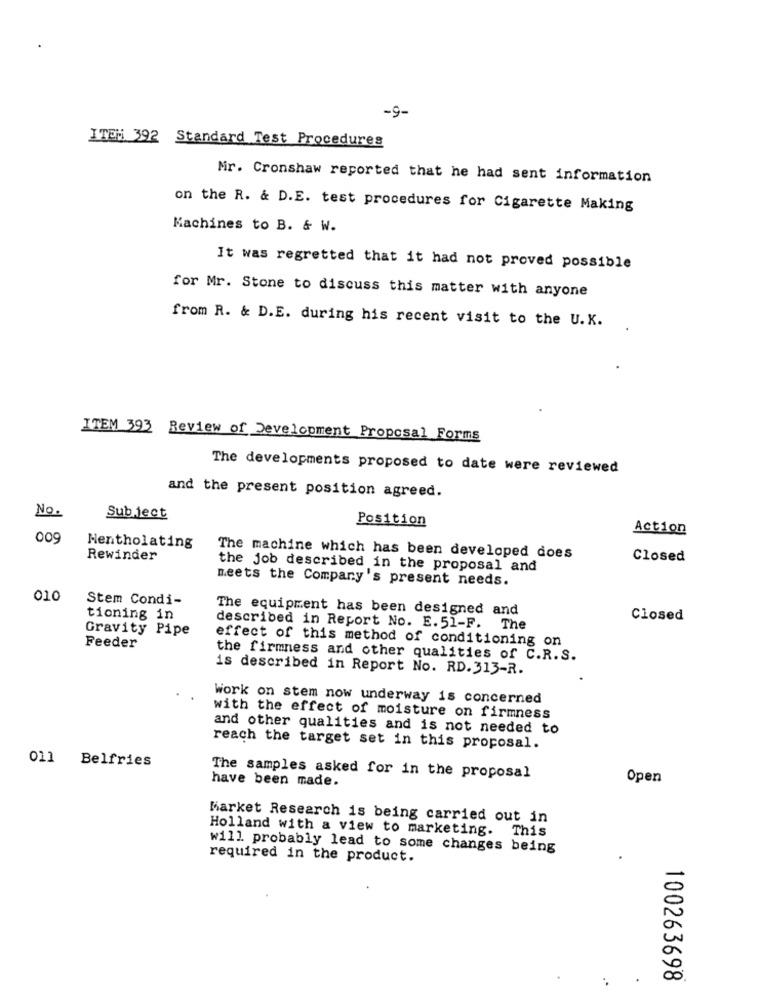
-9-
ITEN 392 Standard Test Procedures
Mr. Cronshaw reported that he had sent information
on the R. & D.E. test procedures for Cigarette Making
Machines to B. & W.
It was regretted that it had not proved possible
for Mr. Stone to discuss this matter with anyone
from R. & D.E. during his recent visit to the U.K.
ITEM 393 Review of Development Proposal Forms
The developments proposed to date were reviewed
and the present position agreed.
No.
Sub ject
Position
Action
009
Mentholating
Rewinder
The machine which has been developed does
Closed
the job described in the proposal and
meets the Company's present needs.
010
Stem Condi-
The equipment has been designed and
tioning in
Closed
Gravity Pipe
described in Report No. E.51-F. The
effect of this method of conditioning on
Feeder
the firmness and other qualities of C.R.S.
is described in Report No. RD.313-R.
Work on stem now underway is concerned
with the effect of moisture on firmness
and other qualities and is not needed to
reach the target set in this proposal.
011 Belfries
have been made.
The samples asked for in the proposal
Open
Market Research is being carried out in
Holland with a view to marketing. This
will probably lead to some changes being
required in the product.
100263698